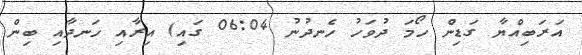
އަރަބިއްޔާ ގަޑިން ހޯމަ ދުވަހު ހެނދުނު 06:04 ގައި) އިރާއި ހަނދާއި ބިން